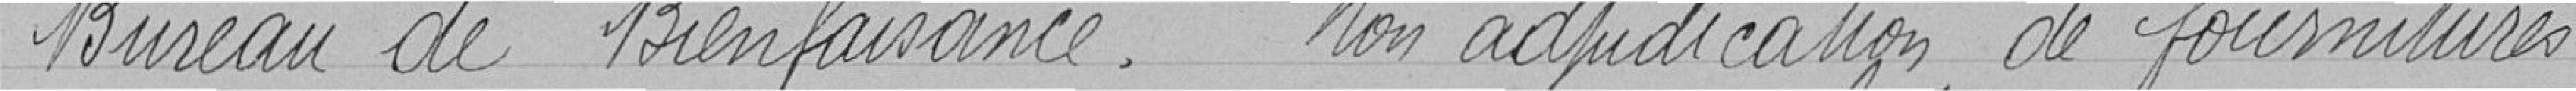
Bureau de Bienfaisance. Mon adjudication de fournitures